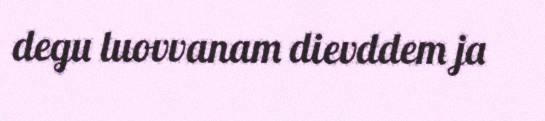
degu luovvanam dievddem ja